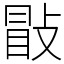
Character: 㪞